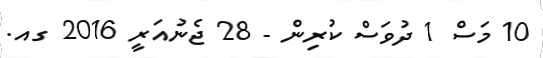
10 މަސް 1 ދުވަސް ކުރިން - 28 ޖެނުއަރީ 2016 ގއ.